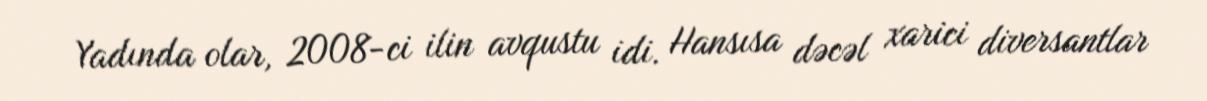
Yadında olar, 2008-ci ilin avqustu idi. Hansısa dəcəl xarici diversantlar